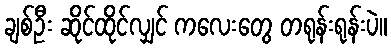
ချစ်ဦး ဆိုင်ထိုင်လျှင် ကလေးတွေ တရုန်းရုန်းပဲ။